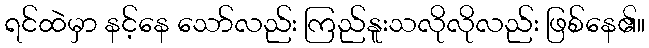
ရင်ထဲမှာ နင့်နေ သော်လည်း ကြည်နူးသလိုလိုလည်း ဖြစ်နေ၏။